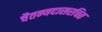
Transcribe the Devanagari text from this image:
चैतन्यदासरचित